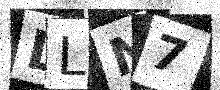
Text: DLN7